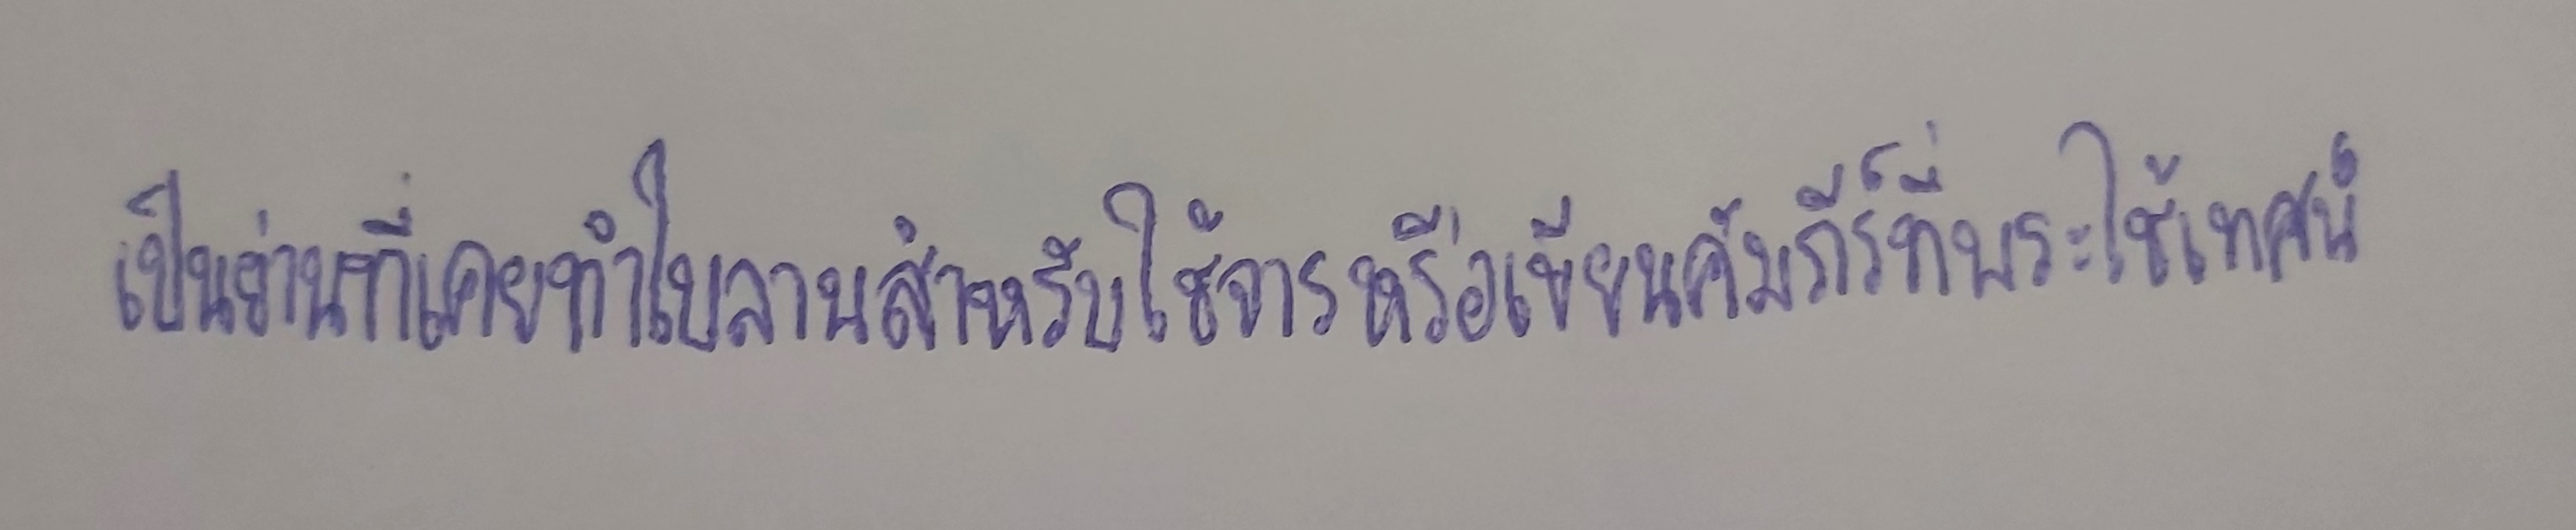
เป็นย่านที่เคยทำใบลานสำหรับใช้จารหรือเขียนคัมภีร์ที่พระใช้เทศน์